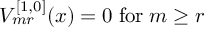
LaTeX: V _ { m r } ^ { [ 1 , 0 ] } ( x ) = 0 \; \mathrm { f o r } \; m \ge r